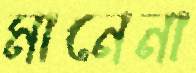
মানেনা